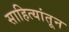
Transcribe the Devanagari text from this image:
साहित्यांतून